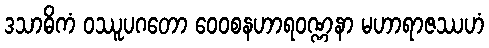
ဒသာဓိကံ ဝဿူပဂတော ဝေဝစနဟာရဝဏ္ဏနာ မဟာရာဇဿဟံ